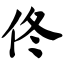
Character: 佟